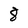
Character: 8